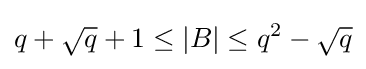
q+{\sqrt {q}}+1\leq |B|\leq q^{2}-{\sqrt {q}}